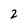
Character: 2